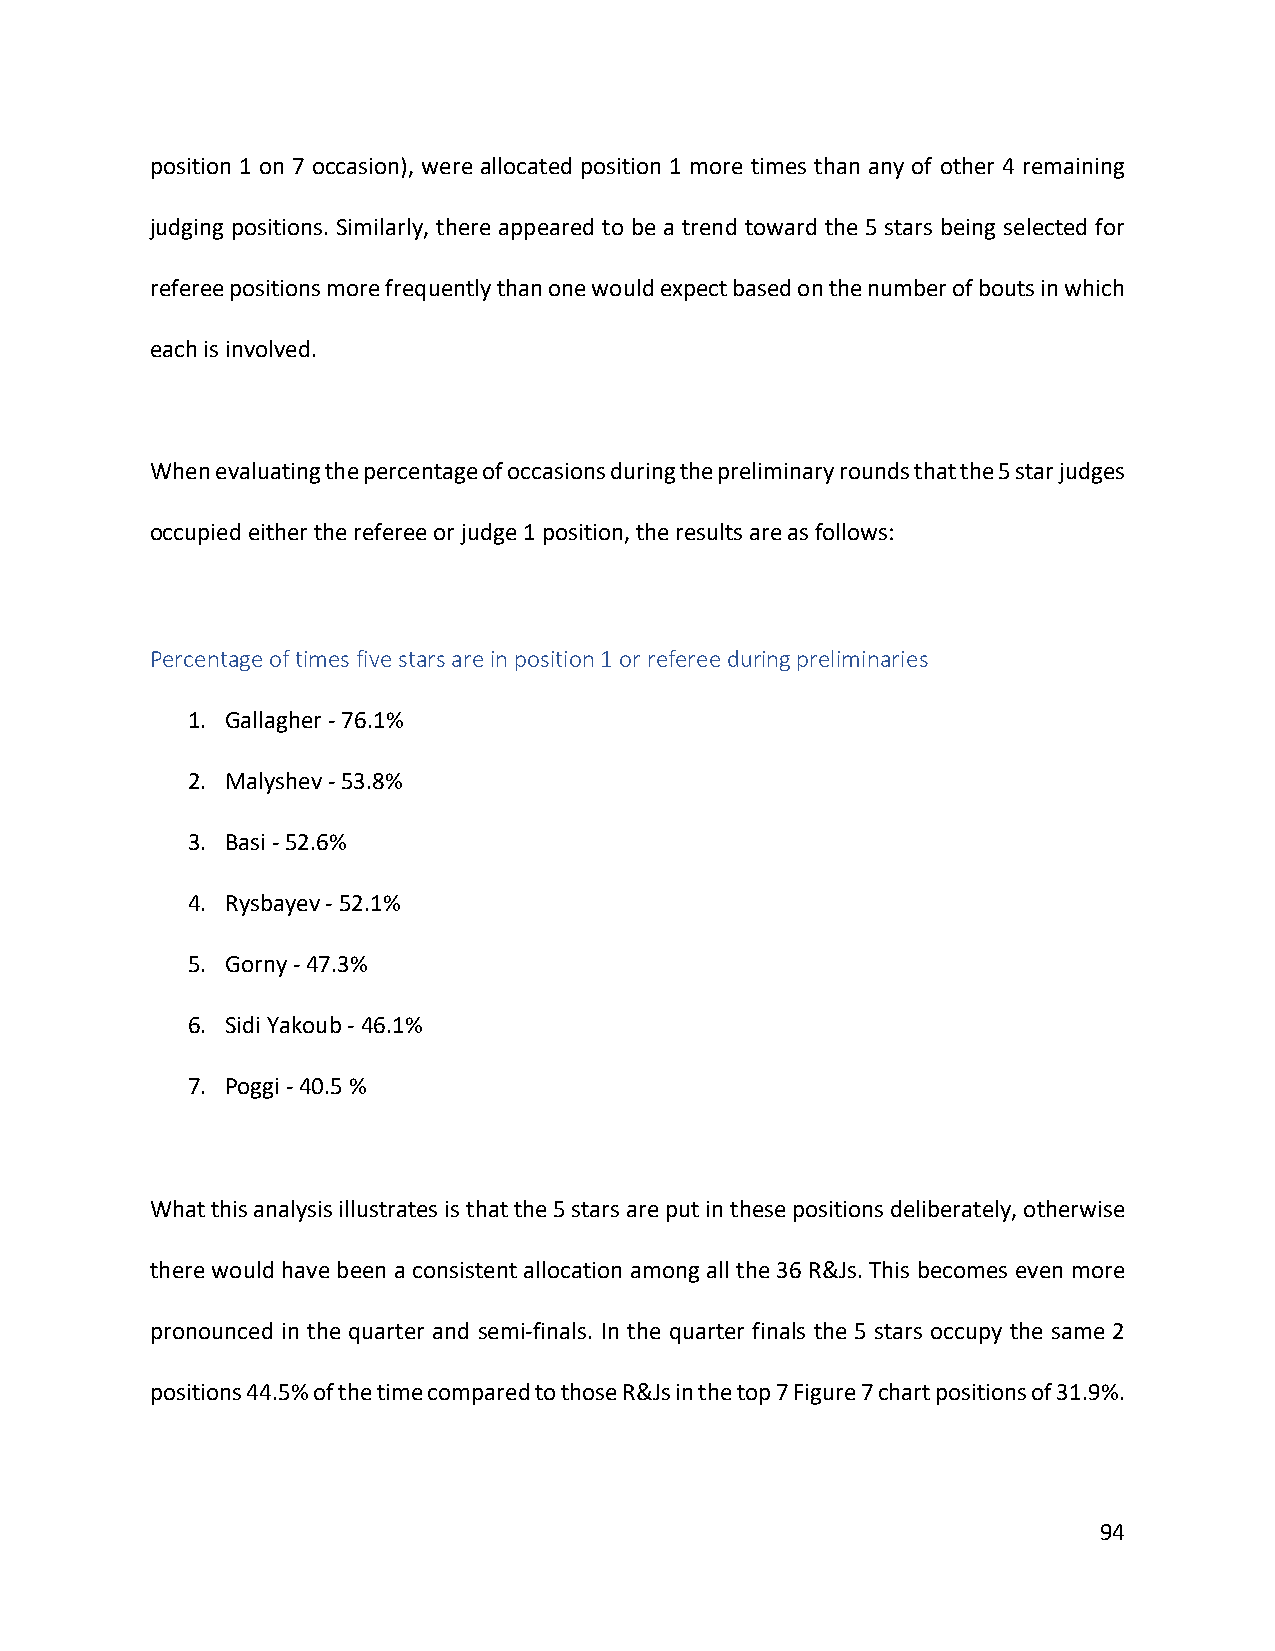
position 1 on 7 occasion), were allocated position 1 more times than any of other 4 remaining
 judging positions. Similarly, there appeared to be a trend toward the 5 stars being selected for
 referee positions more frequently than one would expect based on the number of bouts in which
 each is involved.
 When evaluating the percentage of occasions during the preliminary rounds that the 5 star judges
 occupied either the referee or judge 1 position, the results are as follows:
 Percentage of times five stars are in position 1 or referee during preliminaries
 1. Gallagher - 76.1%
 2. Malyshev - 53.8%
 3. Basi - 52.6%
 4. Rysbayev - 52.1%
 5. Gorny - 47.3%
 6. Sidi Yakoub - 46.1%
 7. Poggi - 40.5 %
 What this analysis illustrates is that the 5 stars are put in these positions deliberately, otherwise
 there would have been a consistent allocation among all the 36 R&Js. This becomes even more
 pronounced in the quarter and semi-finals. In the quarter finals the 5 stars occupy the same 2
 positions 44.5% of the time compared to those R&Js in the top 7 Figure 7 chart positions of 31.9%.
 94